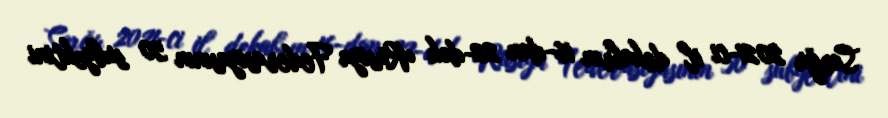
Sorğu 2021-ci il dekabrın 16-dan 22-dək Rusiya Federasiyasının 50 subyektini